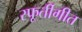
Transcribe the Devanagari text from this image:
स्फूर्तीगीत